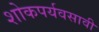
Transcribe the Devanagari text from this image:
शोकपर्यवसावी